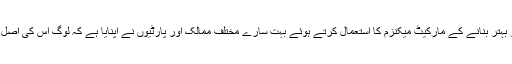
ریاست کے عمل کو بہتر بنانے کے مارکیٹ میکنزم کا استعمال کرتے ہوئے بہت سارے مختلف ممالک اور پارٹیوں نے اپنایا ہے کہ لوگ اس کی اصل کو بھول جاتے ہیں۔